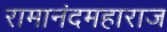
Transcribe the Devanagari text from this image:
रामानंदमहाराज